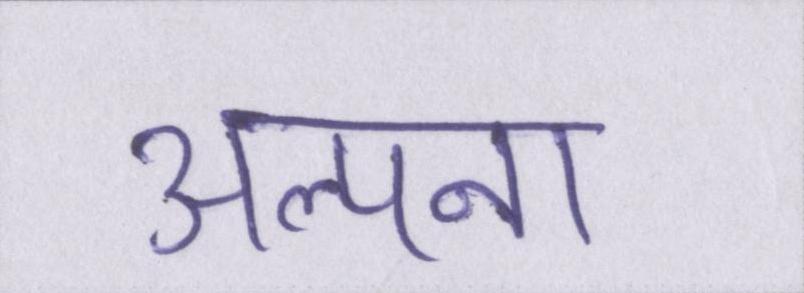
अल्पना